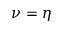
\nu = \eta